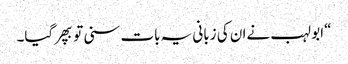
“ابو لہب نےان کی زبانی یہ بات سنی توبپھرگیا۔